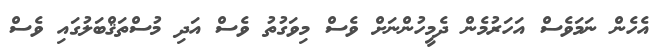
އެހެން ނަމަވެސް އަހަރުމެން ދެމީހުންނަށް ވެސް މިވަގުތު ވެސް އަދި މުސްތަޤްބަލުގައި ވެސް